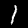
Label: 1